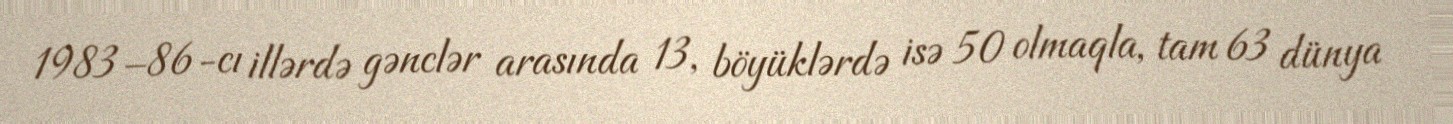
1983–86-cı illərdə gənclər arasında 13, böyüklərdə isə 50 olmaqla, tam 63 dünya